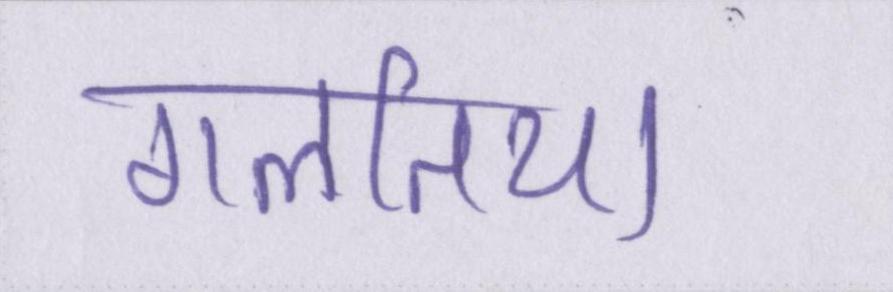
गलतिया